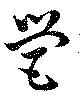
營